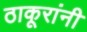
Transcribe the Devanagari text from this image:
ठाकूरांनी